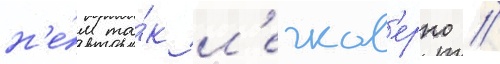
н'е́м та́к л'егков'ерно //